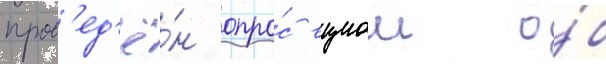
пров'ед'ё́н опро́с вциом о́б